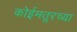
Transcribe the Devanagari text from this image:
कोईमतूरच्या